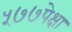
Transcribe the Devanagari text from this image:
५७७पेक्षा